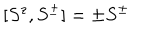
LaTeX: [ S ^ { z } , S ^ { \pm } ] = \pm S ^ { \pm }